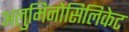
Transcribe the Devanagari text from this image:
अलुमिनोसिलिकेट